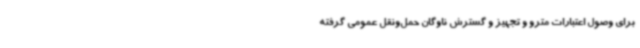
برای وصول اعتبارات مترو و تجهیز و گسترش ناوگان حمل‌ونقل عمومی گرفته